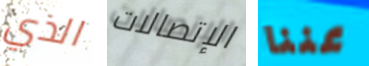
الذي الإتصالات عننا